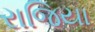
રાજિયા